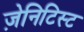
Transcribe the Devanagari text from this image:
ज़ेनिटिस्ट